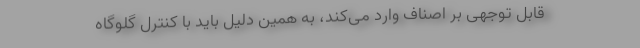
قابل توجهی بر اصناف وارد می‌کند، به همین دلیل باید با کنترل گلوگاه